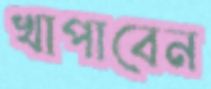
খাপাবেন